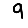
Digit: 9